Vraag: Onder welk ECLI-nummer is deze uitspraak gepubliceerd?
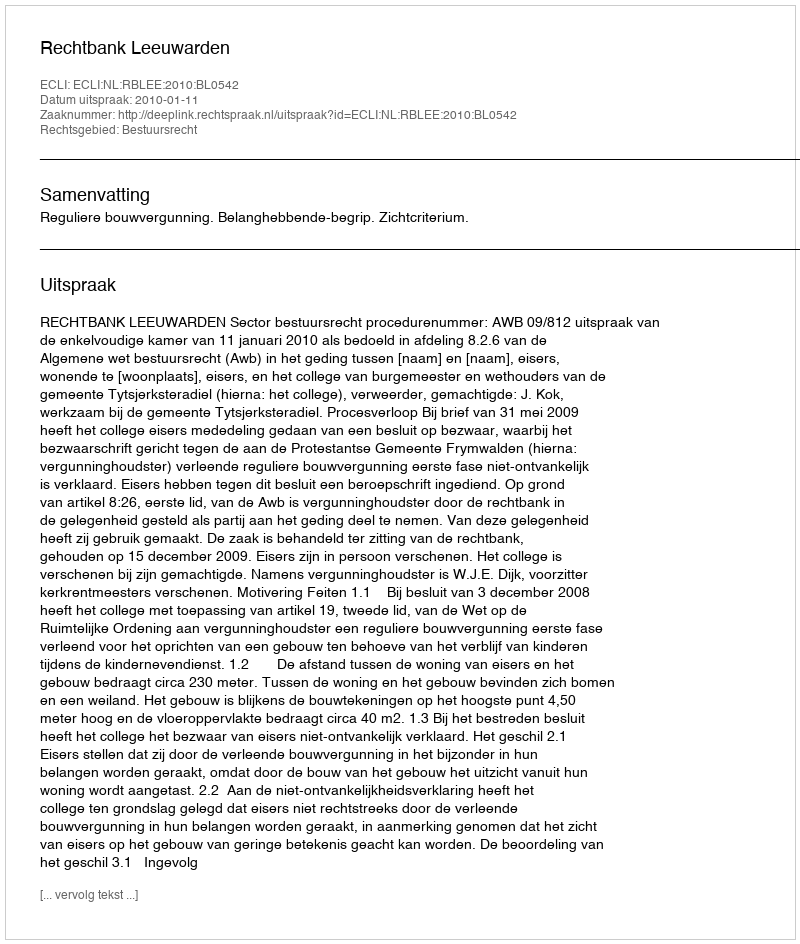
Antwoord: ECLI:NL:RBLEE:2010:BL0542